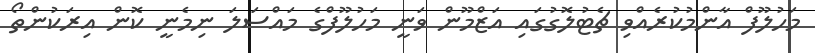
މަހުލޫފް އާންމުކުރެއްވި ޗެޓުލޮގުގައި އަޒްމޫން ވަނީ މަހުލޫފްގެ މައްސަލަ ނިމެނީ ކޮން އިރަކުންތޯ